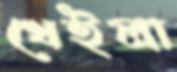
খেইলা